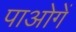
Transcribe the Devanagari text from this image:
पाओगें